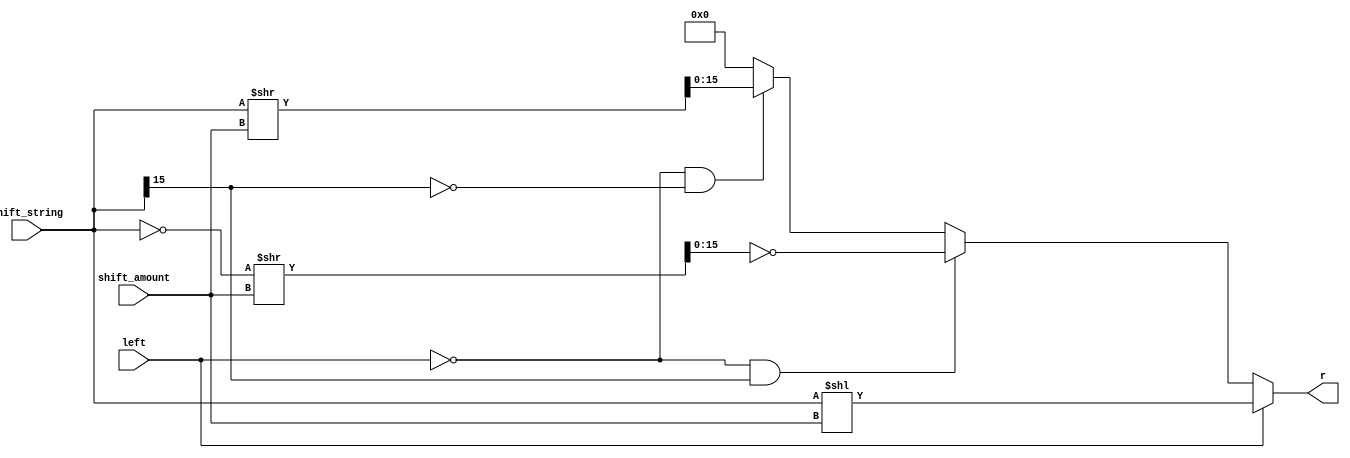
`timescale 1ns / 1ps
//////////////////////////////////////////////////////////////////////////////////
// Company: 
// Engineer: 
// 
// Design Name: 
// Module Name:    Shifter 
// Project Name: 
// Target Devices: 
// Tool versions: 
// Description: 
//
// Dependencies: 
//
// Revision: 
// Revision 0.01 - File Created
// Additional Comments: 
//
//////////////////////////////////////////////////////////////////////////////////
module Shifter(shift_string,shift_amount,left,r);
	input wire signed [15:0] shift_string;
	input wire signed [3:0] shift_amount;
	input wire left;
	output wire signed [15:0] r;
	
	assign r =
		(left)?(shift_string << shift_amount):0 |
		(!left && shift_string[15])?(~((~shift_string) >> shift_amount)):0 |
		(!left && !shift_string[15])?(shift_string >> shift_amount):0;
		
endmodule